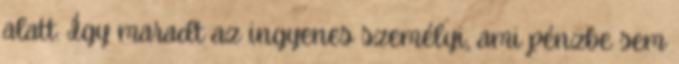
alatt. Így maradt az ingyenes személyi, ami pénzbe sem